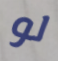
لو